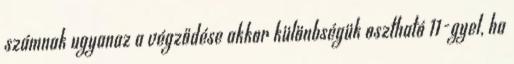
számnak ugyanaz a végződése akkor különbségük osztható 11-gyel, ha